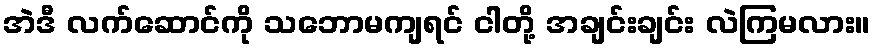
အဲဒီ လက်ဆောင်ကို သဘောမကျရင် ငါတို့ အချင်းချင်း လဲကြမလား။